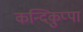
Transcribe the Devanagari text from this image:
कन्दिकुप्पा